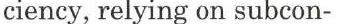
ciency, relying on subcon-